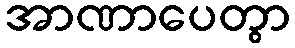
အာဏာပေတွာ